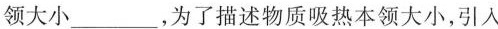
领大小________，为了描述物质吸热本领大小，引人